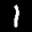
Label: 1